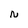
Character: N